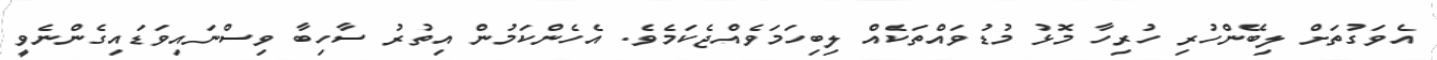
އެވަގުތަށް ލިބޭންހުރި ހުރިހާ މޮޅު މުޑުވައްތަކެއް ލިބިހަމަވެއްޖެކަމެވެ. އެހެންކަމުން އިތުރު ސާހިބާ ވިސްނައިވަޑައިގެންނެވީ